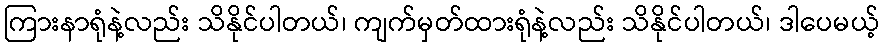
ကြားနာရုံနဲ့လည်း သိနိုင်ပါတယ်၊ ကျက်မှတ်ထားရုံနဲ့လည်း သိနိုင်ပါတယ်၊ ဒါပေမယ့်